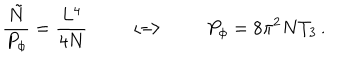
\frac { { \tilde { N } } } { P _ { \phi } } = \frac { L ^ { 4 } } { 4 N } \qquad \Longleftrightarrow \qquad P _ { \phi } = 8 \pi ^ { 2 } N T _ { 3 } \, .